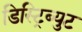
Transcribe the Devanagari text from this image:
डिस्ट्रिब्युट